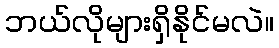
ဘယ်လိုများရှိနိုင်မလဲ။